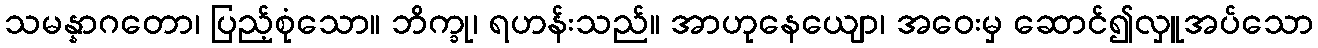
သမန္နာဂတော၊ ပြည့်စုံသော။ ဘိက္ခု၊ ရဟန်းသည်။ အာဟုနေယျော၊ အဝေးမှ ဆောင်၍လှူအပ်သော